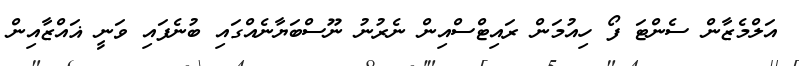
އަލްމެޒާން ސެންޓަ ފޯ ހިއުމަން ރައިޓްސްއިން ނެރުނު ނޫސްބަޔާނެއްގައި ބުނެފައި ވަނީ ޣައްޒާއިން